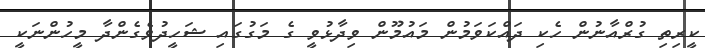
ކީރިތި ގުރްއާނުން ހެކި ދައްކަވަމުން މައުމޫން ވިދާޅުވީ ގެ މަގުގައި ޝަހީދުވެގެންދާ މީހުންނަކީ